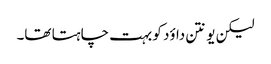
لیکن یونتن داؤد کو بہت چاہتا تھا۔